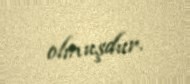
olmuşdur.